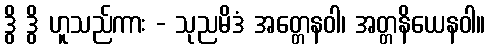
ဒွိ ဒွိ ဟူသည်ကား - သုညမိဒံ အတ္တေနဝါ၊ အတ္တနိယေနဝါ။